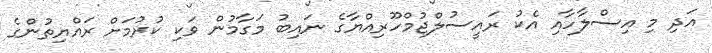
އަދި މި އިސްލާހާއި އެކު ރައީސުލްޖުމްހޫރިއްޔާގެ ނައިބު މަގާމުން ވަކި ކުރުމަށް ރައްޔިތުންގެ